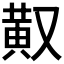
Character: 𪎳